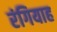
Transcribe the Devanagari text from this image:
रंगियाह